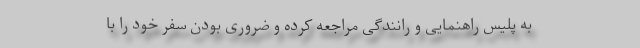
به پلیس راهنمایی و رانندگی مراجعه کرده و ضروری بودن سفر خود را با